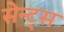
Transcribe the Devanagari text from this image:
सेन्ट्स